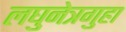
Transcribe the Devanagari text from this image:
लघुनेत्रगुहा